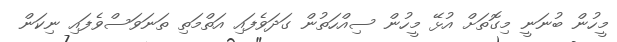
މީހުން ބުނަނީ މިގޮތަށް އުޅޭ މީހުން ސިއްހަތުން ގަދަވެފައި އަތްމަތި ތަނަވަސްވެފައި ނިކަން